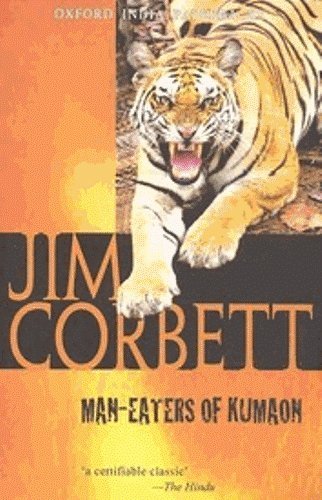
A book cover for Man-Eaters of Kumaon (Oxford India Paperbacks); Jim Corbett; History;